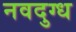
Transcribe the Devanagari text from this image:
नवदुग्ध